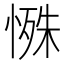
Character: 𪬔